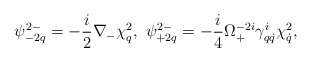
\begin{align*}\psi^{2-}_{-2q}=-\frac{i}{2}\nabla_{-}\chi^2_q,\ \psi^{2-}_{+2q}=-\frac{i}{4}\Omega^{-2i}_+\gamma^i_{q\dot q}\chi ^2_{\dot q},\end{align*}